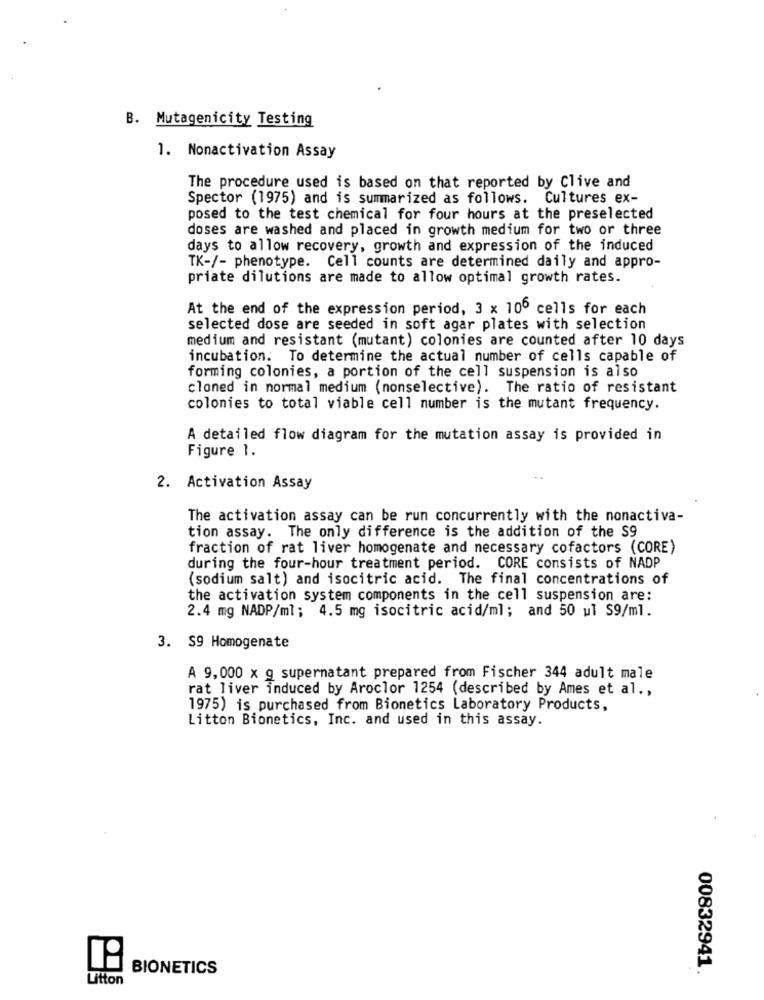
B. Mutagenicity Testing
1. Nonactivation Assay
The procedure used is based on that reported by Clive and
Spector (1975) and is summarized as follows. Cultures ex-
posed to the test chemical for four hours at the preselected
doses are washed and placed in growth medium for two or three
days to allow recovery, growth and expression of the induced
TK-/- phenotype. Cell counts are determined daily and appro-
priate dilutions are made to allow optimal growth rates.
At the end of the expression period, 3 x 100 cells for each
selected dose are seeded in soft agar plates with selection
medium and resistant (mutant) colonies are counted after 10 days
incubation. To determine the actual number of cells capable of
forming colonies, a portion of the cell suspension is also
cloned in normal medium (nonselective). The ratio of resistant
colonies to total viable cell number is the mutant frequency.
A detailed flow diagram for the mutation assay is provided in
Figure 1.
2. Activation Assay
The activation assay can be run concurrently with the nonactiva-
tion assay. The only difference is the addition of the S9
fraction of rat liver homogenate and necessary cofactors (CORE)
during the four-hour treatment period. CORE consists of NADP
(sodium salt) and isocitric acid. The final concentrations of
the activation system components in the cell suspension are:
2.4 mg NADP/ml; 4.5 mg isocitric acid/ml; and 50 ul S9/ml.
3. S9 Homogenate
A 9,000 x g supernatant prepared from Fischer 344 adult male
rat liver induced by Aroclor 1254 (described by Ames et al .,
1975) is purchased from Bionetics Laboratory Products,
Litton Bionetics, Inc. and used in this assay.
BIONETICS
00832941
Litton